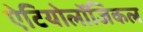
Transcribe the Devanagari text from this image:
ऐटियोलॉजिकल